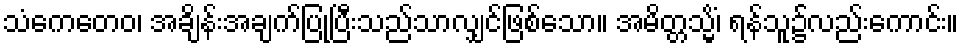
သံကေတေဝ၊ အချိန်းအချက်ပြုပြီးသည်သာလျှင်ဖြစ်သော။ အမိတ္တသ္မိံ၊ ရန်သူ၌လည်းကောင်း။